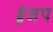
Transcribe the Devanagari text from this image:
॥जप